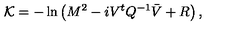
{ \cal K } = - \ln \left( M ^ { 2 } - i V ^ { t } { Q } ^ { - 1 } \bar { V } + R \right) ,